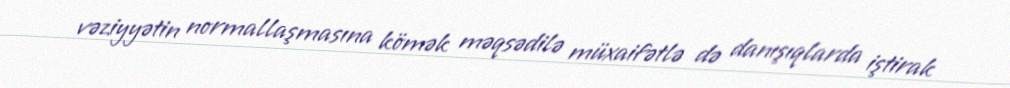
vəziyyətin normallaşmasına kömək məqsədilə müxaifətlə də danışıqlarda iştirak